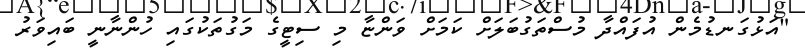
"އަޅުގަނޑުމެން އުފައްދާ މުސްތަގުބަލަށް ކަމަށް ވަންޏާ މި ސިޓީގެ މަގުތަކުގައި ހުންނާނީ ބައިވަރު